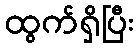
ထွက်ရှိပြီး